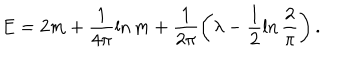
LaTeX: E = 2 m + \frac { 1 } { 4 \pi } \ln m + \frac { 1 } { 2 \pi } \left( \lambda - \frac { 1 } { 2 } \ln \frac { 2 } { \pi } \right) .